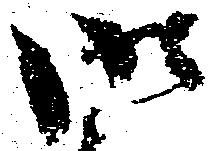
御